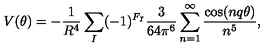
V ( \theta ) = - \frac { 1 } { R ^ { 4 } } \sum _ { I } ( - 1 ) ^ { F _ { I } } \frac { 3 } { 6 4 \pi ^ { 6 } } \sum _ { n = 1 } ^ { \infty } \frac { \cos ( n q \theta ) } { n ^ { 5 } } ,